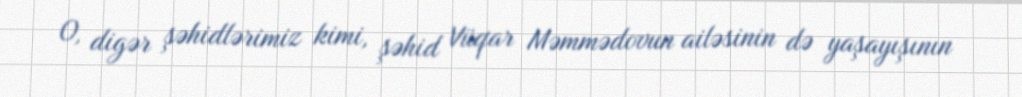
O, digər şəhidlərimiz kimi, şəhid Vüqar Məmmədovun ailəsinin də yaşayışının